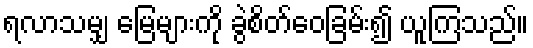
ရလာသမျှ မြေများကို ခွဲစိတ်ဝေခြမ်း၍ ယူကြသည်။